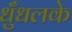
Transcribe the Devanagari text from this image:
धुँधलके